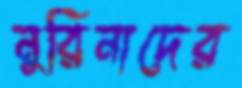
নুরিনাদের